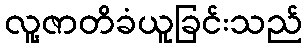
လူ့ဇာတိခံယူခြင်းသည်